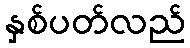
နှစ်ပတ်လည်